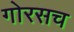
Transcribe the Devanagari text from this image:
गोरसच